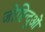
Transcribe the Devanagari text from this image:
जोहिन्दुओं